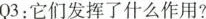
03：它们发挥了什么作用?